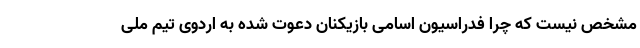
مشخص نیست که چرا فدراسیون اسامی بازیکنان دعوت شده به اردوی تیم ملی